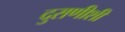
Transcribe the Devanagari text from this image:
दुराणीशी